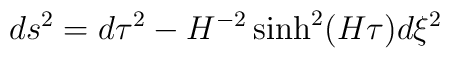
ds^2 = d\tau^2 - H^{-2} \sinh^2(H\tau) d\xi^2